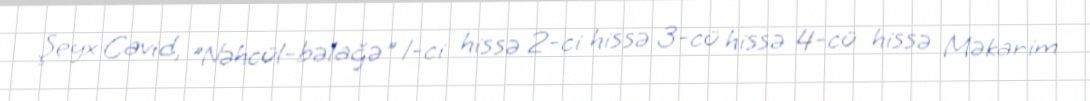
Şeyx Cavid, "Nəhcül-bəlağə" 1-ci hissə 2-ci hissə 3-cü hissə 4-cü hissə Məkarim